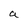
Character: a